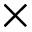
\times